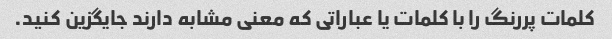
کلمات پررنگ را با کلمات یا عباراتی که معنی مشابه دارند جایگزین کنید.